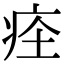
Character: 𤵞